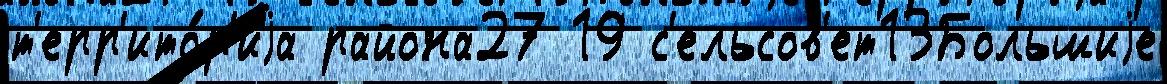
т'ерр'ито́р'иjа района27 19 с'ельсов'ет13Большиjе